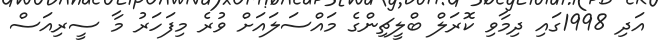
އަދި 1998ގައި ދިމާވި ކޮރަލް ބްލީޗިންގެ މައްސަލައަށް ވުރެ މިފަހަރު މާ ސީރިއަސް